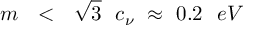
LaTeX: m \ \ < \ \ \sqrt { 3 } \ \ c _ { \nu } \ \approx \ 0 . 2 \ \ e V